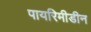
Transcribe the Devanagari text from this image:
पायरिमीडीन